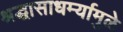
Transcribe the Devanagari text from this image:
श्रद्धासाधर्म्यामुळे